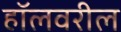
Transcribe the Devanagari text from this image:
हॉलवरील